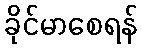
ခိုင်မာစေရန်